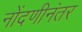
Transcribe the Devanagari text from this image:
नोंदणीनंतर